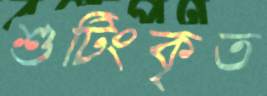
শুটিংকৃত